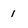
Character: 1